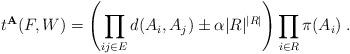
LaTeX: \begin{align*}t^{\mathbf{A}}(F,W)= \left( \prod_{ij \in E}d(A_i, A_j) \pm \alpha |R|^{|R|} \right) \prod_{i\in R}\pi(A_i)\;.\end{align*}